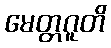
မေတ္တဂူတိ